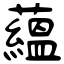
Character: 蘊